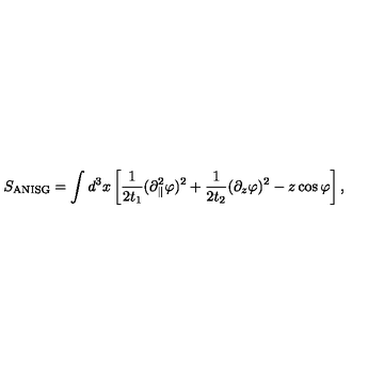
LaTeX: S _ { \mathrm { A N I S G } } = \int d ^ { 3 } x \left[ \frac { 1 } { 2 t _ { 1 } } ( \partial _ { \parallel } ^ { 2 } \varphi ) ^ { 2 } + \frac { 1 } { 2 t _ { 2 } } ( \partial _ { z } \varphi ) ^ { 2 } - z \cos \varphi \right] ,